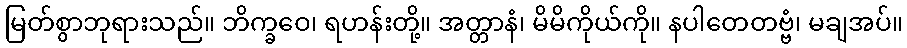
မြတ်စွာဘုရားသည်။ ဘိက္ခဝေ၊ ရဟန်းတို့။ အတ္တာနံ၊ မိမိကိုယ်ကို။ နပါတေတဗ္ဗံ၊ မချအပ်။